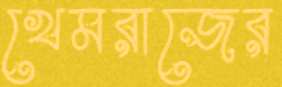
খেমরাজের